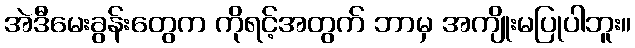
အဲဒီမေးခွန်းတွေက ကိုရင့်အတွက် ဘာမှ အကျိုးမပြုပါဘူး။